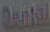
Dental